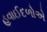
હવાઈદળોએ